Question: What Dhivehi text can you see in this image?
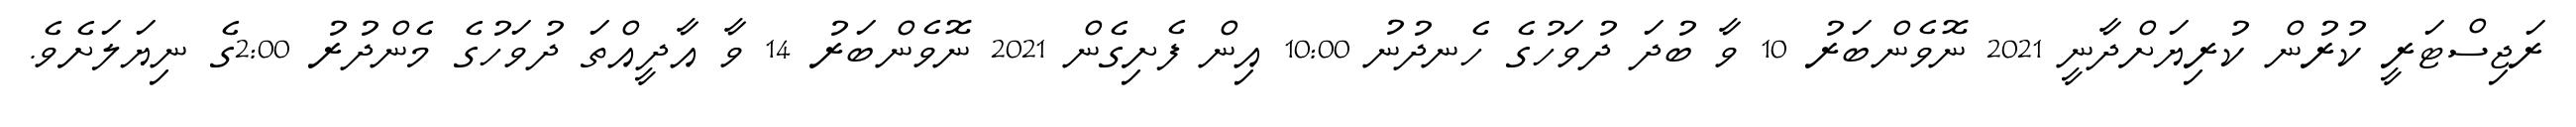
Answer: ރަޖިސްޓަރީ ކުރުން ކުރިޔަށްދާނީ 2021 ނޮވެންބަރު 10 ވާ ބުދަ ދުވަހުގެ ހެނދުނު 10:00 އިން ފެށިގެން 2021 ނޮވެންބަރު 14 ވާ އާދީއްތަ ދުވަހުގެ މެންދުރު 2:00ގެ ނިޔަލަށެވެ.